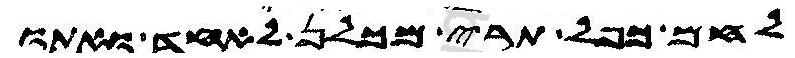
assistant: לחם כפל תרי מכלן לאחד ואתו